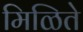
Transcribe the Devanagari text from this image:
मिळिते